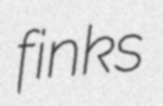
finks